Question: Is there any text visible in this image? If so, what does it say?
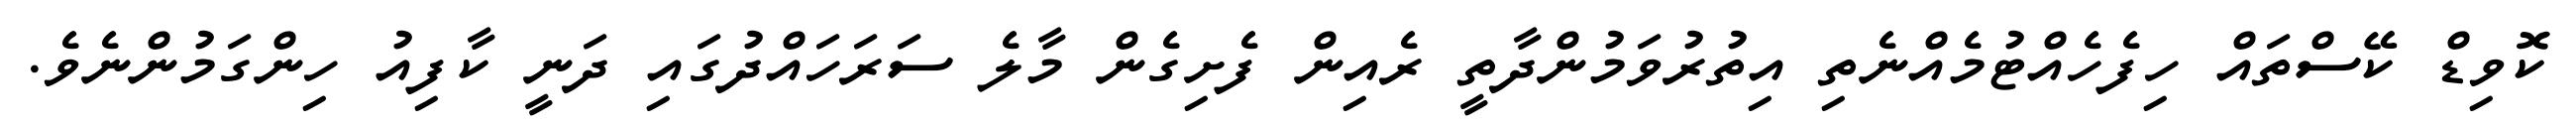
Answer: ކޮވިޑް ކޭސްތައް ހިފެހެއްޓުމެއްނެތި އިތުރުވަމުންދާތީ ރެއިން ފެށިގެން މާލެ ސަރަހައްދުގައި ދަނީ ކާފިއު ހިންގަމުންނެވެ.